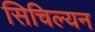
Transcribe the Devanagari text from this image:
सिचिल्यन